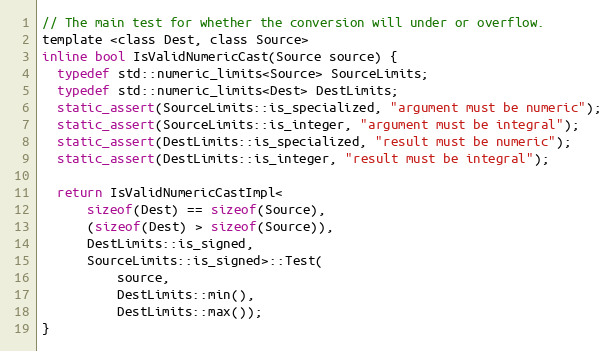
Language: C
// The main test for whether the conversion will under or overflow.
template <class Dest, class Source>
inline bool IsValidNumericCast(Source source) {
  typedef std::numeric_limits<Source> SourceLimits;
  typedef std::numeric_limits<Dest> DestLimits;
  static_assert(SourceLimits::is_specialized, "argument must be numeric");
  static_assert(SourceLimits::is_integer, "argument must be integral");
  static_assert(DestLimits::is_specialized, "result must be numeric");
  static_assert(DestLimits::is_integer, "result must be integral");

  return IsValidNumericCastImpl<
      sizeof(Dest) == sizeof(Source),
      (sizeof(Dest) > sizeof(Source)),
      DestLimits::is_signed,
      SourceLimits::is_signed>::Test(
          source,
          DestLimits::min(),
          DestLimits::max());
}